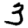
Digit: 3